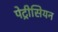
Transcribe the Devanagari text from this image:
पेट्रीसियन